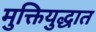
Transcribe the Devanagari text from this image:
मुक्तियुद्धात